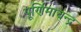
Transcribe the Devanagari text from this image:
पूर्णिमाचन्द्र